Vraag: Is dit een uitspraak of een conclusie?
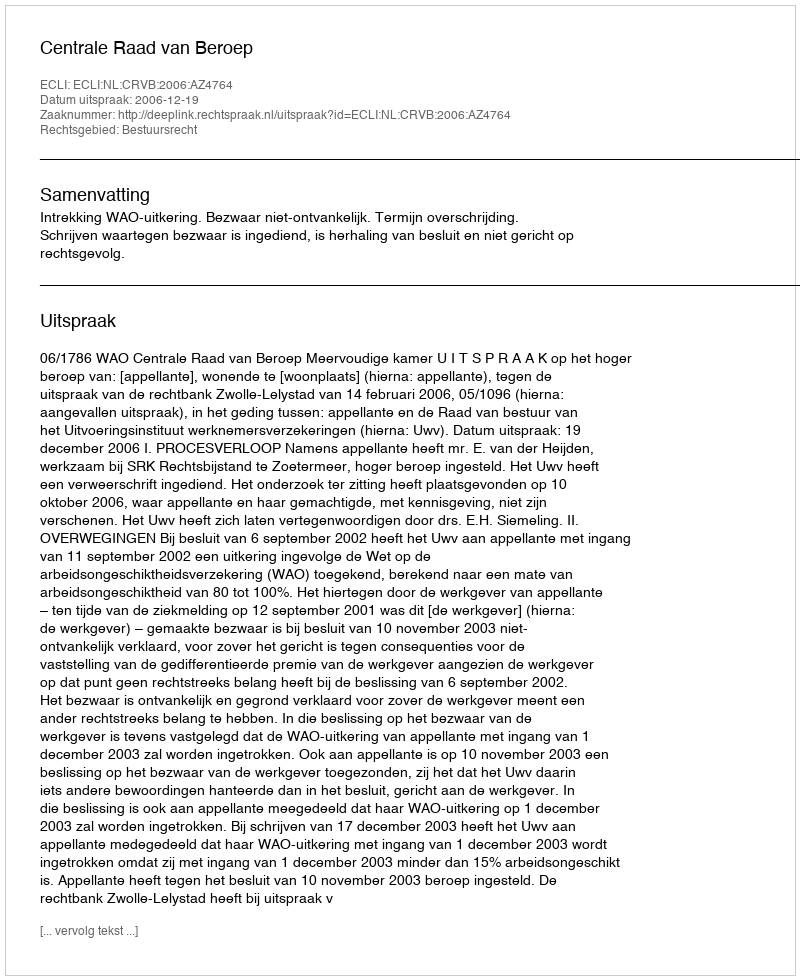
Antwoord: Uitspraak